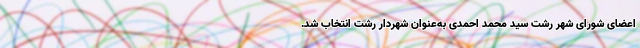
اعضای شورای شهر رشت سید محمد احمدی به‌عنوان شهردار رشت انتخاب شد.